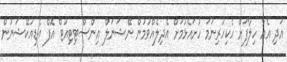
އަދި އެއާ ހިލާފަށް ހެކިހުރިނަމަ ހުށައެޅުމަށް އެދިލެއްވުމުން ނޭޝަނަލް އިންސްޓިޓިއުޓް އޮފް އެޑިއުކޭޝަނުން